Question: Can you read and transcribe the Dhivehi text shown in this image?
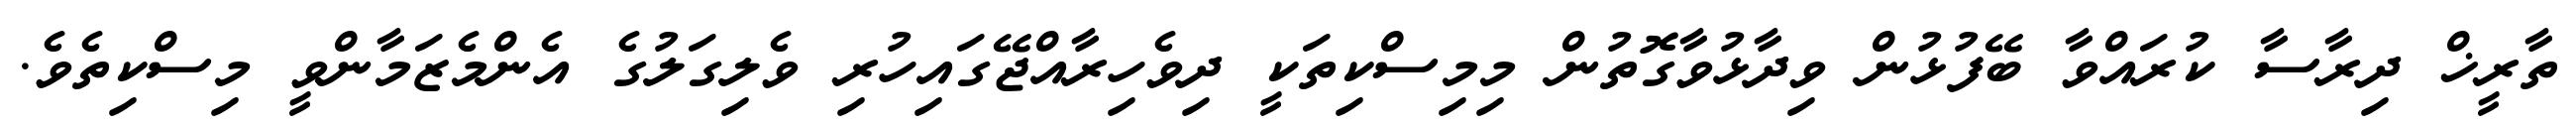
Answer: ތާރީޚް ދިރާސާ ކުރައްވާ ބޭފުޅުން ވިދާޅުވާގޮތުން މިމިސްކިތަކީ ދިވެހިރާއްޖޭގައިހުރި ވެލިގަލުގެ އެންމެޒަމާންވީ މިސްކިތެވެ.